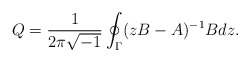
\begin{align*}Q = \frac{1}{2\pi\sqrt{-1}} \oint_\Gamma (zB-A)^{-1}B dz.\end{align*}